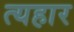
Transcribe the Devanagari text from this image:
त्यहार